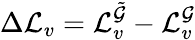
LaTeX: \Delta\mathcal{L}_{v}=\mathcal{L}_{v}^{\tilde{\mathcal{G}}}-\mathcal{L}_{v}^{\mathcal{G}}